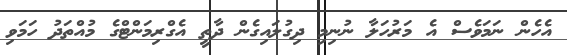
އެހެން ނަމަވެސް އެ މަރުހަލާ ނުނިމި ދިގުލައިގެން ދާތީ އެގްރިމަންޓްގެ މުއްތަދު ހަމަވި